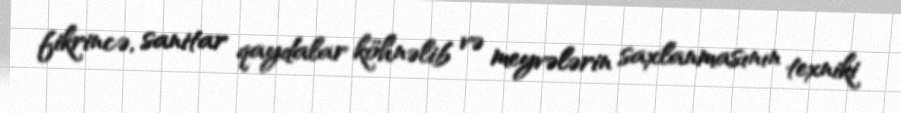
fikrincə, sanitar qaydalar köhnəlib və meyvələrin saxlanmasının texniki